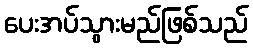
ပေးအပ်သွားမည်ဖြစ်သည်